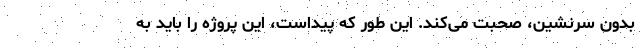
بدون سرنشین، صحبت می‌کند. این طور که پیداست، این پروژه را باید به